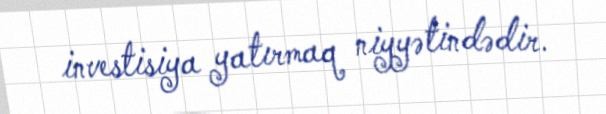
investisiya yatırmaq niyyətindədir.